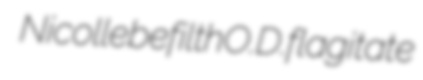
Nicolle befilth O.D. flagitate